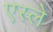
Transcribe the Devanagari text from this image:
एस्ले